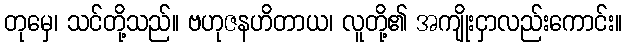
တုမှေ၊ သင်တို့သည်။ ဗဟုဇနဟိတာယ၊ လူတို့၏ အကျိုးငှာလည်းကောင်း။